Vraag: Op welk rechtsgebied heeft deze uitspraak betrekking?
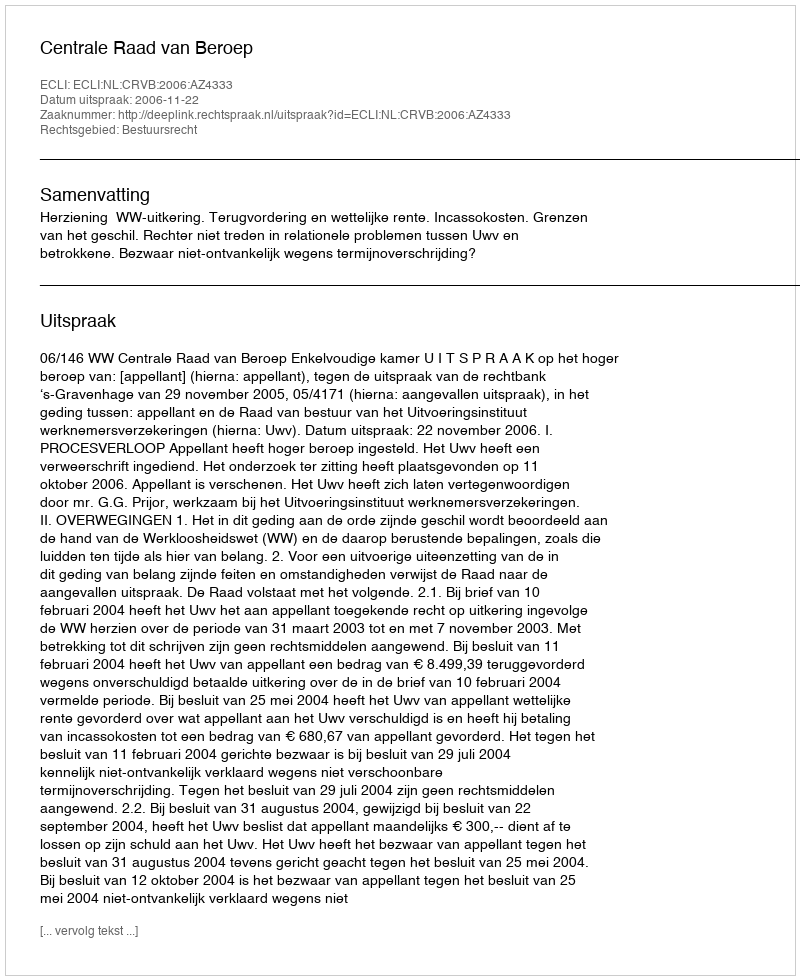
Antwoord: Bestuursrecht